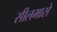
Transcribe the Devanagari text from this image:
सीलमासे